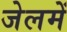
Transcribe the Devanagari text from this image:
जेलमें